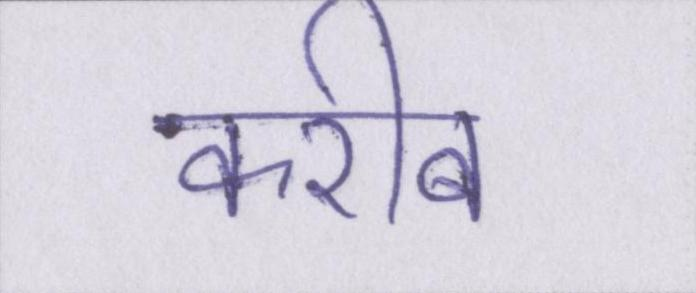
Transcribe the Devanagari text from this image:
करीब